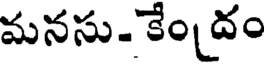
మనసు- కేం దం